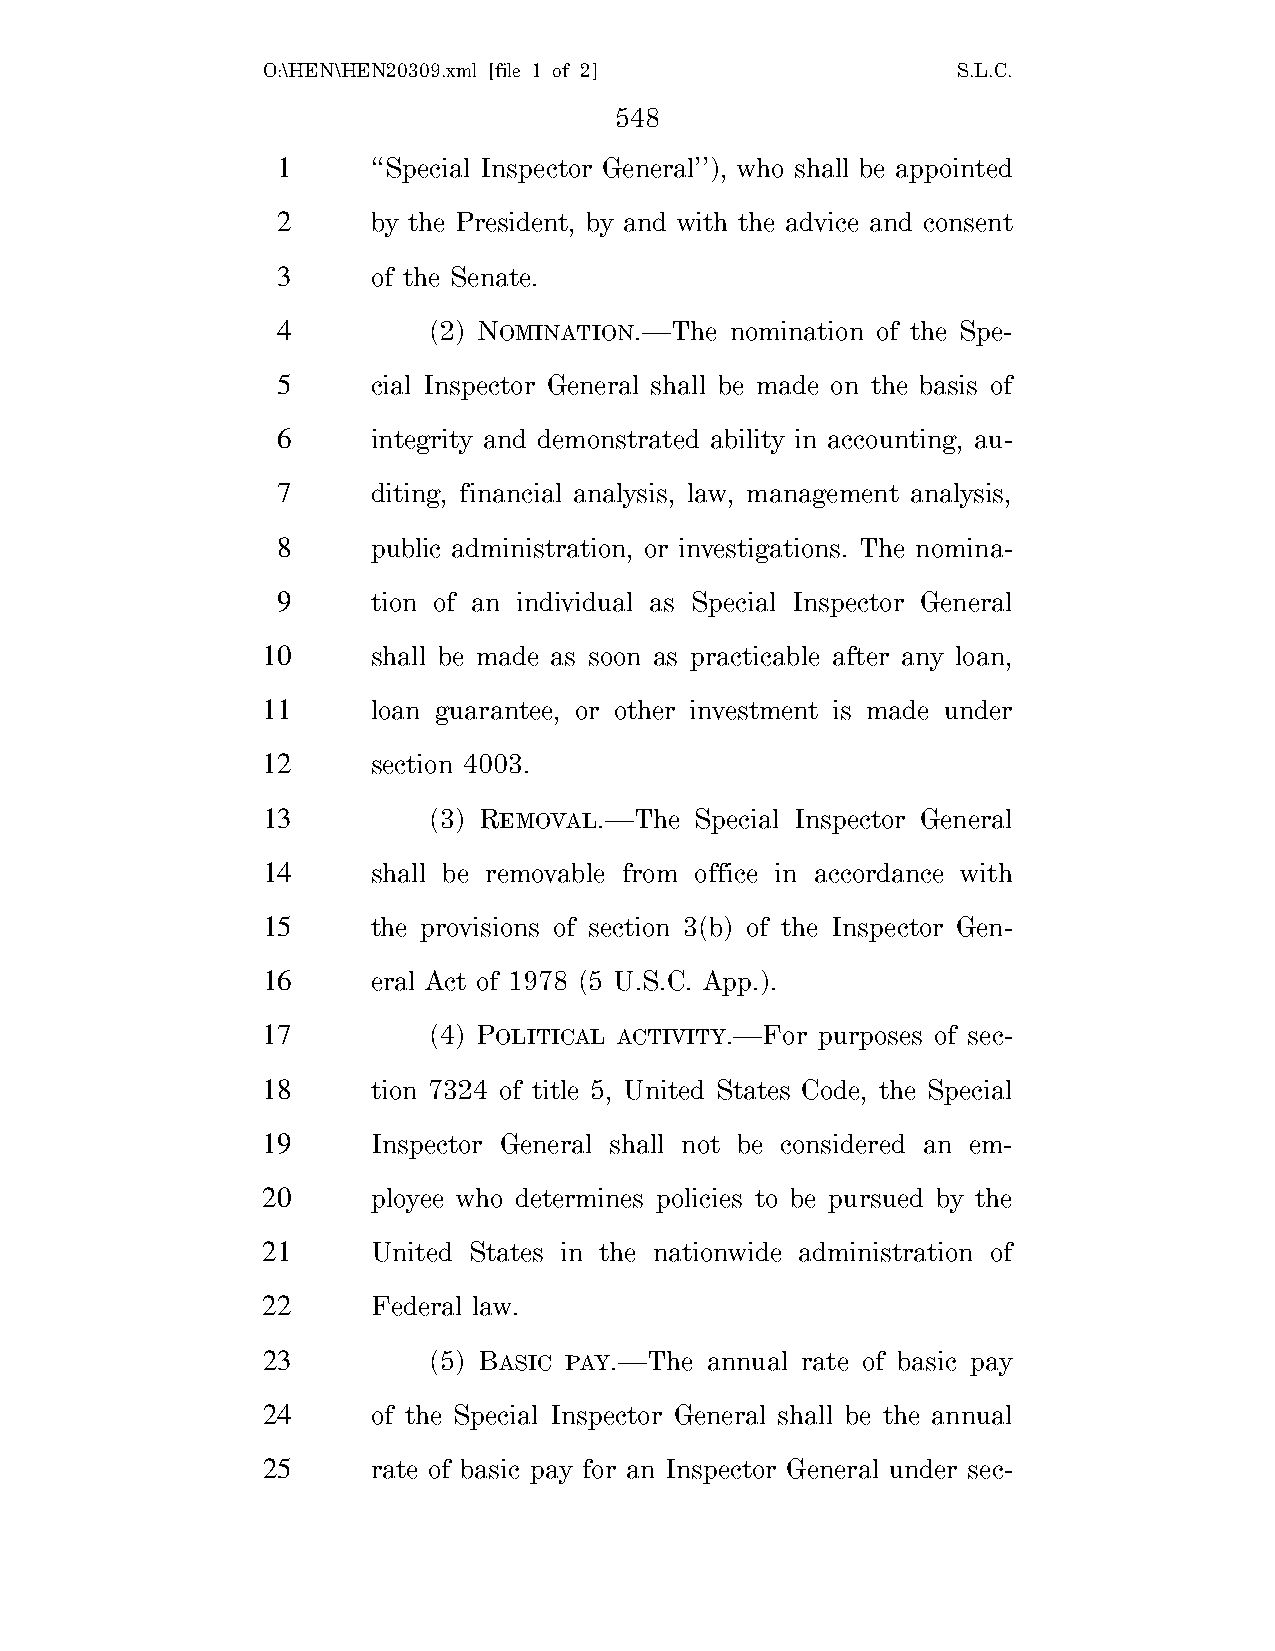
O:\HEN\HEN20309.xml [file 1 of 2]             S.L.C.
 548
 1      ‘‘Special Inspector General’’), who shall be appointed
 2      by the President, by and with the advice and consent
 3      of the Senate.
 4         (2) NOMINATION.—The nomination of the Spe-
 5      cial Inspector General shall be made on the basis of
 6      integrity and demonstrated ability in accounting, au-
 7      diting, financial analysis, law, management analysis,
 8      public administration, or investigations. The nomina-
 9      tion of an individual as Special Inspector General
 10      shall be made as soon as practicable after any loan,
 11      loan guarantee, or other investment is made under
 12      section 4003.
 13         (3) REMOVAL.—The  Special Inspector General
 14      shall be removable from office in accordance with
 15      the provisions of section 3(b) of the Inspector Gen-
 16      eral Act of 1978 (5 U.S.C. App.).
 17         (4) POLITICAL ACTIVITY.—For purposes of sec-
 18      tion 7324 of title 5, United States Code, the Special
 19      Inspector General shall not be considered an em-
 20      ployee who determines policies to be pursued by the
 21      United States in the nationwide administration of
 22      Federal law.
 23         (5) BASIC PAY.—The annual rate of basic pay
 24      of the Special Inspector General shall be the annual
 25      rate of basic pay for an Inspector General under sec-